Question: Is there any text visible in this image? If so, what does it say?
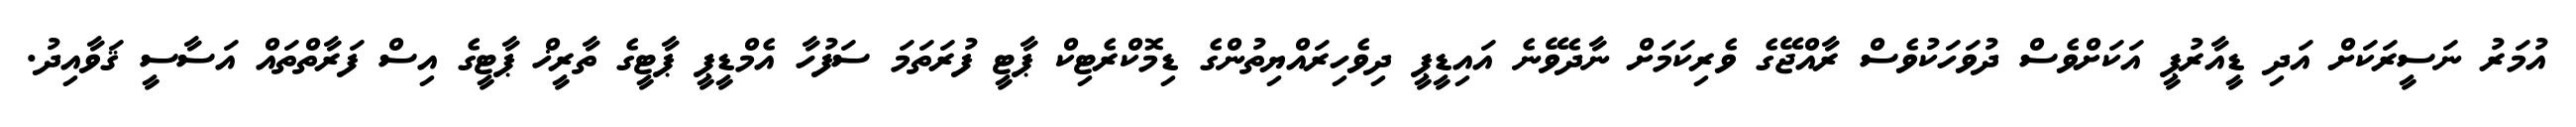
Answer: އުމަރު ނަސީރަކަށް އަދި ޑީއާރުޕީ އަކަށްވެސް ދުވަހަކުވެސް ރާއްޖޭގެ ވެރިކަމަށް ނާދެވޭނެ އައިޑީޕީ ދިވެހިރައްޔިތުންގެ ޑިމޮކްރެޓިކް ޕާޓީ ފުރަތަމަ ސަފުހާ އެމްޑީޕީ ޕާޓީގެ ތާރީޚް ޕާޓީގެ އިސް ފަރާތްތައް އަސާސީ ޤަވާއިދު.